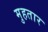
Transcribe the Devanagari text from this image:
मुहतार